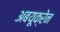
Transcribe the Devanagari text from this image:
अबयूक्रेन